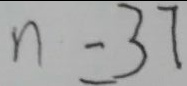
n = 3 7